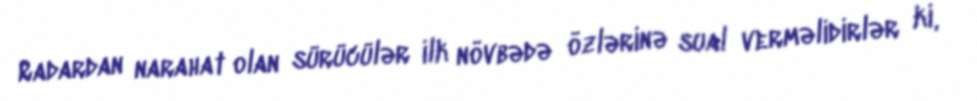
Radardan narahat olan sürücülər ilk növbədə özlərinə sual verməlidirlər ki,